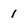
Character: 1